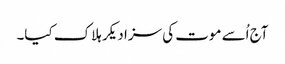
آج اُسے موت کی سزا دیکر ہلاک کیا۔